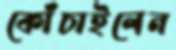
কোঁচাইলেন